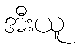
အီးယူ